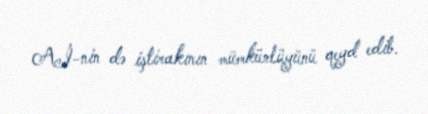
Aİ-nin də iştirakının mümkünlüyünü qeyd edib.